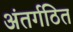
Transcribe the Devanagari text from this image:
अंतर्गठित